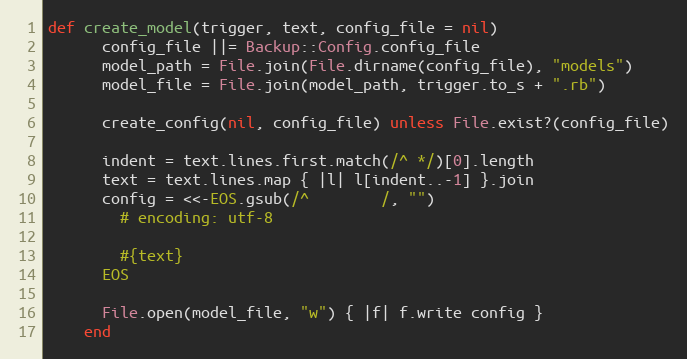
Language: Ruby
def create_model(trigger, text, config_file = nil)
      config_file ||= Backup::Config.config_file
      model_path = File.join(File.dirname(config_file), "models")
      model_file = File.join(model_path, trigger.to_s + ".rb")

      create_config(nil, config_file) unless File.exist?(config_file)

      indent = text.lines.first.match(/^ */)[0].length
      text = text.lines.map { |l| l[indent..-1] }.join
      config = <<-EOS.gsub(/^        /, "")
        # encoding: utf-8

        #{text}
      EOS

      File.open(model_file, "w") { |f| f.write config }
    end